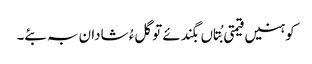
کوہنیں قیمتی بُتاں بگندئے تو گلءُ شادان بہ بئے۔